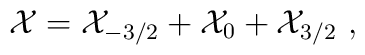
{\cal X} = {\cal X}_{-3/2} + {\cal X}_0 + {\cal X}_{3/2} \ ,